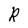
Character: R